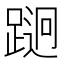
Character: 𲃵